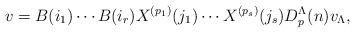
LaTeX: \begin{align*}v=B(i_1)\cdots B(i_r)X^{(p_1)}(j_1)\cdots X^{(p_s)}(j_s)D_{p}^{\Lambda}(n)v_{\Lambda},\end{align*}